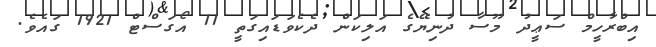
އިބްރާހީމް ސަޢީދު މޫސާ ދުނިޔޭގެ އަލިކަން ދެކެވަޑައިގަތީ 11 އޯގަސްޓް 1921 ގައެވެ.